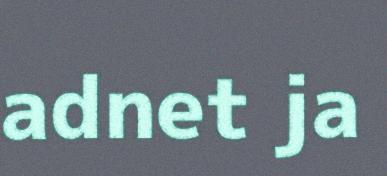
adnet ja